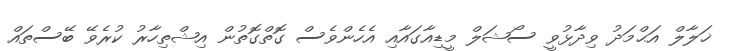
ޚަލާލް އަޙްމަދު ވިދާޅުވީ ސޯޝަލް މީޑިއާގައާއި އެެހެންވެސް ގޮތްގޮތުން އިޝްތިހާރު ކުރެވޭ ބޭސްތައް